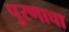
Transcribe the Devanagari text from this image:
पुरणाचा